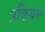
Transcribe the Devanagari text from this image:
प्रक्रियस